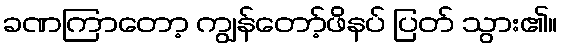
ခဏကြာတော့ ကျွန်တော့်ဖိနပ် ပြတ် သွား၏။